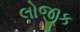
લોજીક